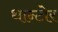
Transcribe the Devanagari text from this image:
थान्टोर